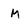
Character: M